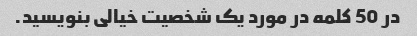
در 50 کلمه در مورد یک شخصیت خیالی بنویسید.